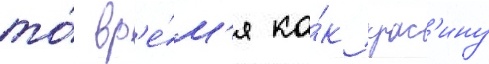
то́ вр'е́м'я ка́к крас'ину